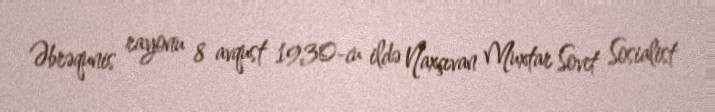
Əbrəqunis rayonu 8 avqust 1930-cu ildə Naxçıvan Muxtar Sovet Sosialist